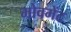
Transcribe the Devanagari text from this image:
मोवमेंट